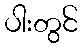
ပါးတွင်